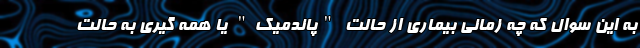
به این سوال که چه زمانی بیماری از حالت "پاندمیک" یا همه گیری به حالت